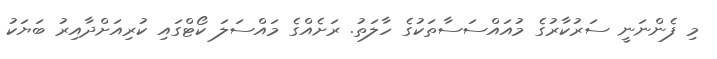
މި ފެންނަނީ ސަރުކާރުގެ މުއައްސަސާތަކުގެ ހާލަތު. ރަށެއްގެ މައްސަލަ ކޯޓްގައި ކުރިއަށްދާއިރު ބަޔަކު